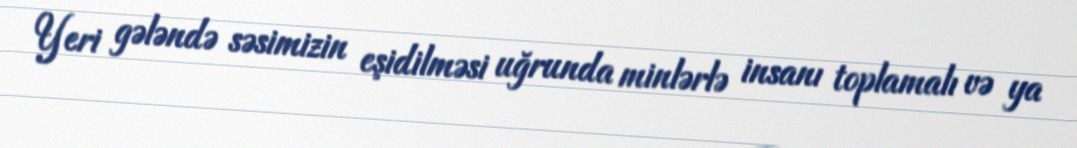
Yeri gələndə səsimizin eşidilməsi uğrunda minlərlə insanı toplamalı və ya